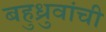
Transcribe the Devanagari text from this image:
बहुध्रुवांची